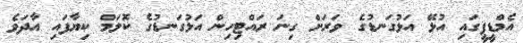
އެމްޑީޕީގައި އުޅޭ އަޅުގަނޑުގެ ވަރަށް ގިނަ ރައްޓިހިން އަޅުގަނޑުގެ ކޮލަމް ކިޔާފައި އާދަވެ